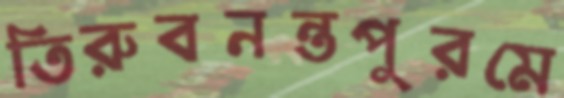
তিরুবনন্তপুরমে